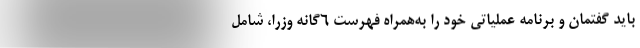
باید گفتمان و برنامه عملیاتی خود را به‌همراه فهرست ۶گانه وزرا، شامل